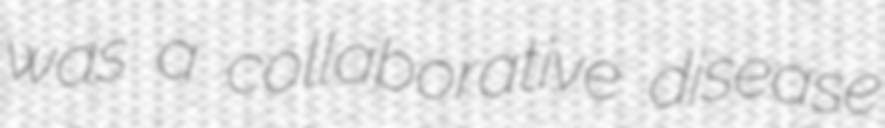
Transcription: was a collaborative disease